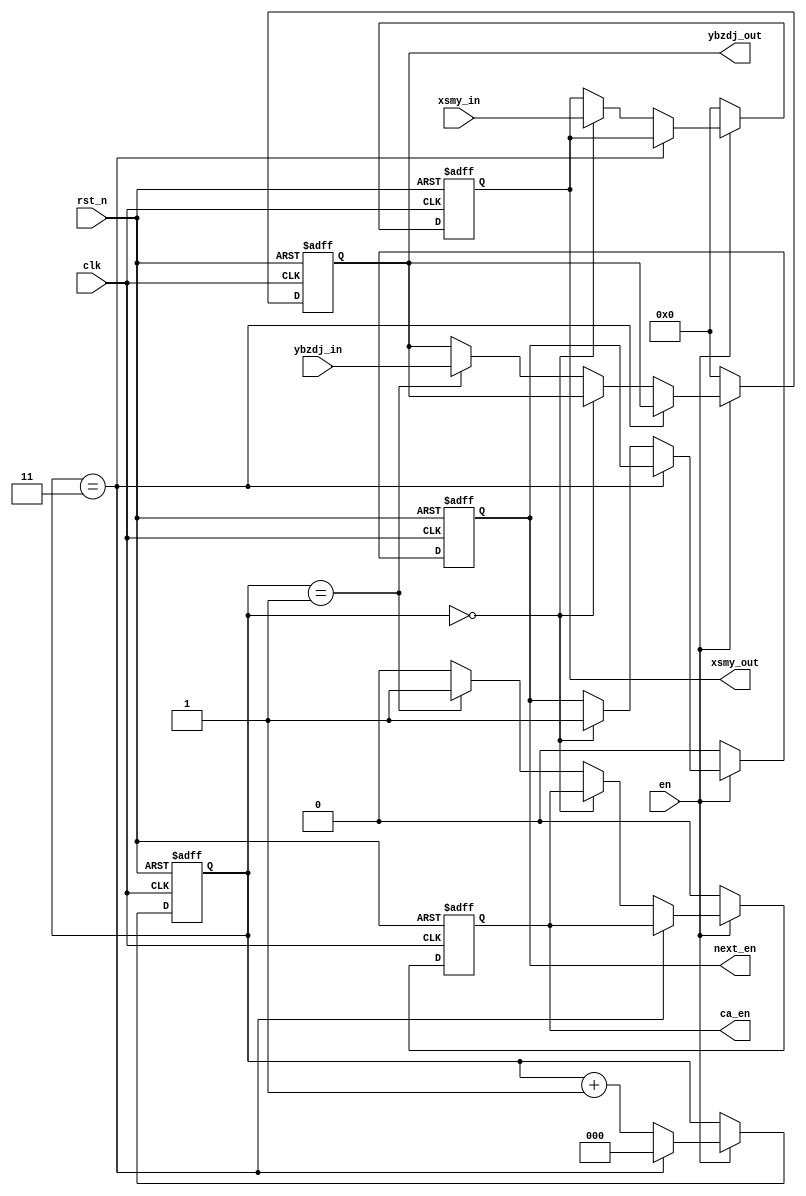
module read_write(
clk,
rst_n,
ybzdj_in,
xsmy_in,
en,
next_en,
ca_en,
ybzdj_out,
xsmy_out
    );
  parameter N=128;     //
  
  input clk;         //
  input rst_n;       //
  input [N-1:0] xsmy_in;   //
  input [N-1:0] ybzdj_in;   //
  input en;             //
  output next_en;        //
  output ca_en;           //
  output [N-1:0] xsmy_out;   //
  output [N-1:0] ybzdj_out;   //

  reg [N-1:0] ybzdj=0;
  reg [N-1:0] xsmy=0;
  reg nexten=0;
  reg caen=0;
  reg  [2:0] count=0; //
 
always@(posedge clk or negedge rst_n)
begin
  if(!rst_n)
    begin
       ybzdj<=0;
       xsmy<=0;
       nexten<=0;
       caen<=0;
       count<=0;
    end
  else
    begin
       if(en)
         begin
            if(count==3)
              begin
                 count<=0;
              end
            else if(count==0)
              begin
                 xsmy<=xsmy_in;
                 nexten<=1;
                 count<=count+1;
              end
            else if(count==1)
              begin
                 ybzdj<=ybzdj_in;
                 count<=count+1;
                 caen<=1;
              end
            else
              begin
                 caen<=0;
                 count<=count+1;
              end
           end
         else
           begin
              nexten<=0;
              caen<=0;
              xsmy<=0;
              ybzdj<=0;
           end
    end
end
  


assign xsmy_out=xsmy;
assign  ybzdj_out=ybzdj;
assign next_en=nexten;
assign ca_en=caen;


endmodule